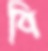
বি